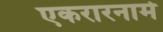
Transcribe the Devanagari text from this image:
एकरारनामे